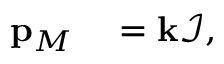
\begin{array} { r l } { \mathbf { p } _ { M } } & { { } = \mathbf { k } \mathcal { I } , } \end{array}